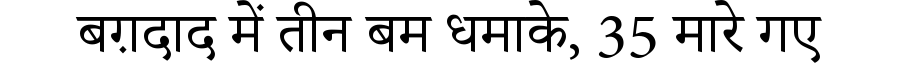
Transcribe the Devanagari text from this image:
बग़दाद में तीन बम धमाके, 35 मारे गए